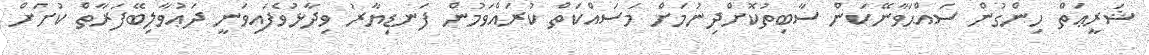
ޝަރީޢަތް ހިންގުން ސައްޙަވާނޭކަން ސާބިތުކޮށްދިނުމަށް މަސައްކަތް ކުރައްވަމުން ފަނޑިޔާރު ވިދާޅުވެފައިވަނީ ދަޢުވާލިބޭފަރާތް ކުށަށް